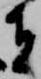
者